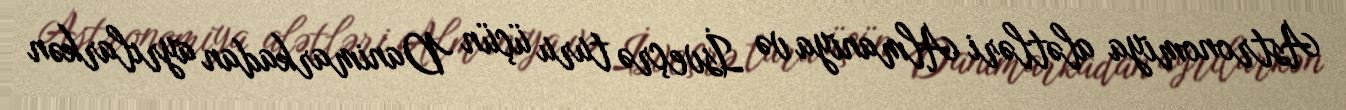
Astronomiya alətləri Almaniya və İsveçrə turu üçün Danimarkadan ayrılarkən